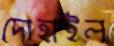
দোহাইল